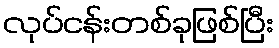
လုပ်ငန်းတစ်ခုဖြစ်ပြီး